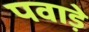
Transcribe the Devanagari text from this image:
पवाड़े